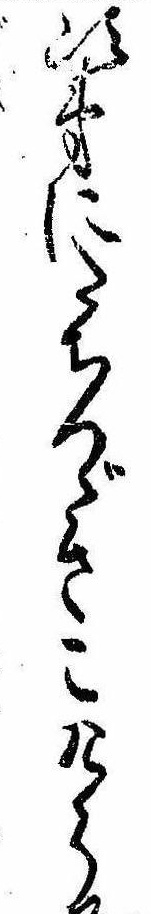
次第にたちつゞきこけら